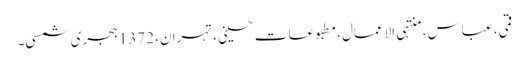
قمی، عباس، منتہی الاعمال، مطبوعات حسینی، تہران، 1372 ہجری شمسی۔